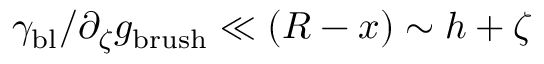
\gamma _ { \mathrm { b l } } / \partial _ { \zeta } g _ { \mathrm { b r u s h } } \ll ( R - x ) \sim h + \zeta